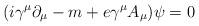
LaTeX: \begin{align*}(i\gamma ^{\mu }\partial _{\mu }-m+e\gamma ^{\mu }A_{\mu })\psi =0\end{align*}